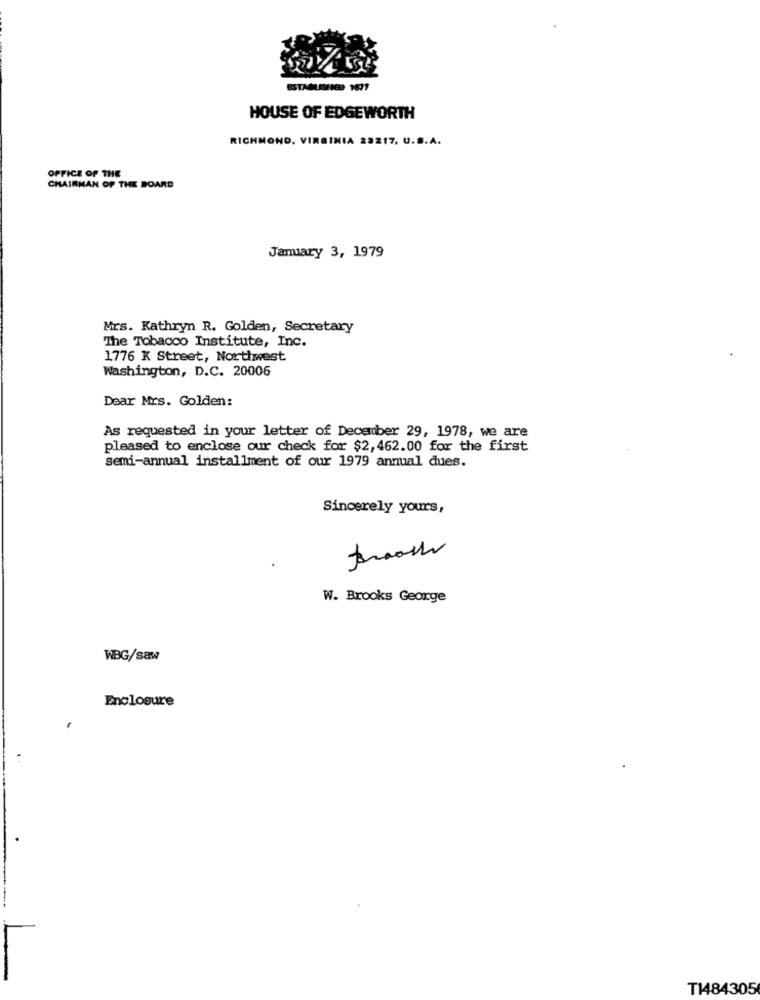
HOUSE OF EDGEWORTH
RICHMOND, VIRGINIA 23217. U.S.A.
OFFICE OF THE
CHAIRMAN OF THE BOARD
January 3, 1979
Mrs. Kathryn R. Golden, Secretary
The Tobacco Institute, Inc.
1776 K Street, Northwest
Washington, D.C. 20006
Dear Mrs. Golden:
As requested in your letter of December 29, 1978, we are
pleased to enclose our check for $2, 462.00 for the first
semi-annual installment of our 1979 annual dues.
Sincerely yours,
W. Brooks George
WBG/saw
Enclosure
T1484305